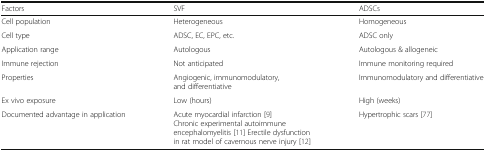
<table><thead><tr><td><b>Factors</b></td><td><b>SVF</b></td><td><b>ADSCs</b></td></tr></thead><tbody><tr><td>Cell population</td><td>Heterogeneous</td><td>Homogeneous</td></tr><tr><td>Cell type</td><td>ADSC, EC, EPC, etc.</td><td>ADSC only</td></tr><tr><td>Application range</td><td>Autologous</td><td>Autologous &amp; allogeneic</td></tr><tr><td>Immune rejection</td><td>Not anticipated</td><td>Immune monitoring required</td></tr><tr><td>Properties</td><td>Angiogenic, immunomodulatory, and differentiative</td><td>Immunomodulatory and differentiative</td></tr><tr><td>Ex vivo exposure</td><td>Low (hours)</td><td>High (weeks)</td></tr><tr><td>Documented advantage in application</td><td>Acute myocardial infarction [9] Chronic experimental autoimmune encephalomyelitis [11] Erectile dysfunction in rat model of cavernous nerve injury [12]</td><td>Hypertrophic scars [77]</td></tr></tbody></table>